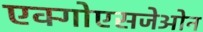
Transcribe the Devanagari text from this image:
एक्गोएसजेओन